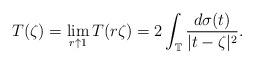
LaTeX: \begin{align*}T(\zeta)=\lim_{r\uparrow1}T(r\zeta)=2\int_{\mathbb{T}}\frac{d\sigma(t)}{|t-\zeta|^{2}}.\end{align*}